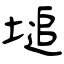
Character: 塠